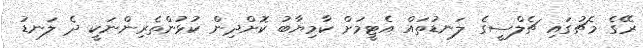
ރޭގެ މެޗުގައި ޗެލްސީގެ ލަނޑުތައް އެޓީމަށް ކާމިޔާބު ކޮށްދިން ކުޅުންތެރިންނަކީ ދެ ލަނޑު